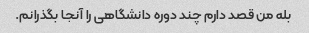
بله من قصد دارم چند دوره دانشگاهی را آنجا بگذرانم.